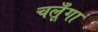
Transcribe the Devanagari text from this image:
चलूँगा